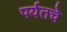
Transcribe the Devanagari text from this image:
पर्यतचे